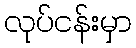
လုပ်ငန်းမှာ